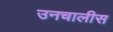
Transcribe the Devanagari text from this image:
उनचालीस